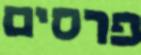
פרסים